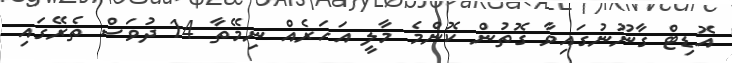
އޮޑިޓް ގާނޫނުގައިވާ ގޮތުން ކޮންމެ މާލީ އަހަރެއް ނިމޭތާ 14 ދުވަސް ތެރޭގައި